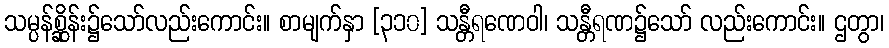
သမ္ပန်စ္ဆိုန်း၌သော်လည်းကောင်း။ စာမျက်နှာ [၃၁၀] သန္တီရဏေဝါ၊ သန္တီရဏ၌သော် လည်းကောင်း။ ဌတွာ၊